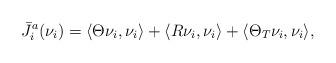
LaTeX: \begin{align*}\bar J_i^a(\nu_i) = \langle\Theta \nu_i, \nu_i\rangle+\langle R\nu_i , \nu_i\rangle+\langle\Theta_T \nu_i, \nu_i\rangle, \end{align*}